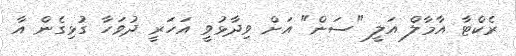
ރެކްޓާ އާމާލް އަލީ "ސަން" އަށް ވިދާޅުވީ އަހަރީ ދުވަހާ ގުޅިގެން އާ